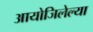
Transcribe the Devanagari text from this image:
आयोजिलेल्या